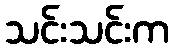
သင်းသင်းက